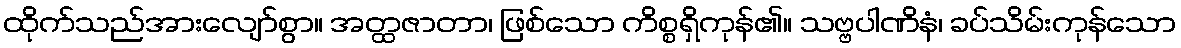
ထိုက်သည်အားလျော်စွာ။ အတ္ထဇာတာ၊ ဖြစ်သော ကိစ္စရှိကုန်၏။ သဗ္ဗပါဏိနံ၊ ခပ်သိမ်းကုန်သော